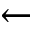
\gets